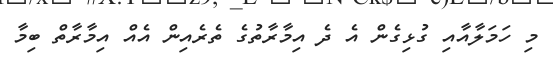
މި ހަމަލާއާއި ގުޅިގެން އެ ދެ އިމާރާތުގެ ތެރެއިން އެއް އިމާރާތް ބިމާ